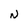
Character: d